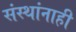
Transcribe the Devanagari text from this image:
संस्थांनाही